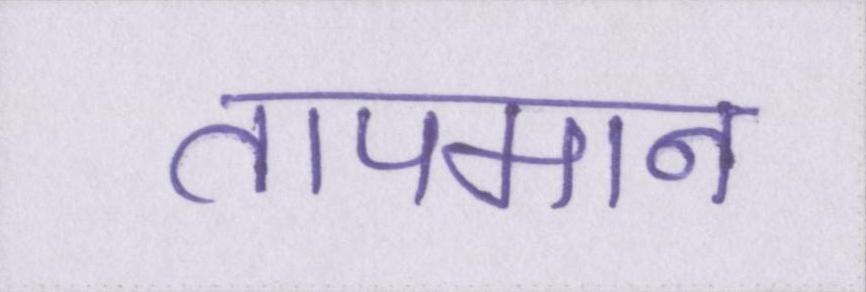
तापमान